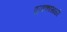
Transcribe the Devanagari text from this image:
पूजकांसाठी